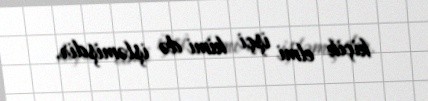
kiçik elmi işçi kimi də işləmişdir.